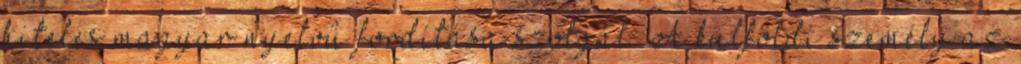
hiteles magyar nyelvű fordítása szolgál. A külföldi személy az